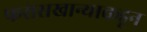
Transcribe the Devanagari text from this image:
फरासखान्याकडून